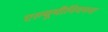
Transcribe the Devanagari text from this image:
एल्यूमीनियमना